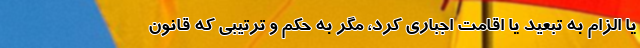
یا الزام به تبعید یا اقامت اجباری کرد، مگر به حکم و ترتیبی که قانون